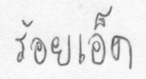
ร้อยเอ็ด